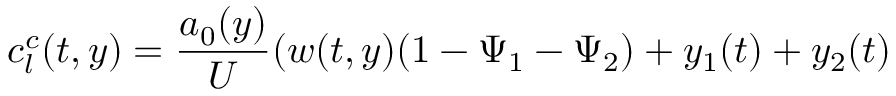
c _ { l } ^ { c } ( t , y ) = \frac { a _ { 0 } ( y ) } { U } ( w ( t , y ) ( 1 - \Psi _ { 1 } - \Psi _ { 2 } ) + y _ { 1 } ( t ) + y _ { 2 } ( t )